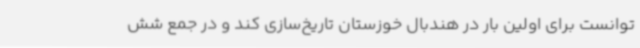
توانست برای اولین بار در هندبال خوزستان تاریخ‌سازی کند و در جمع شش